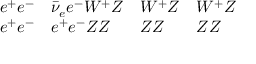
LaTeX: \begin{array} { l l l l } { { e ^ { + } e ^ { - } } } & { { \bar { \nu } _ { e } e ^ { - } W ^ { + } Z } } & { { W ^ { + } Z } } & { { W ^ { + } Z } } \\ { { e ^ { + } e ^ { - } } } & { { e ^ { + } e ^ { - } Z Z } } & { { Z Z } } & { { Z Z } } \end{array}